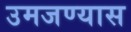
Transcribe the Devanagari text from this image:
उमजण्यास